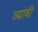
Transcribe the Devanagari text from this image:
ज्यांबी